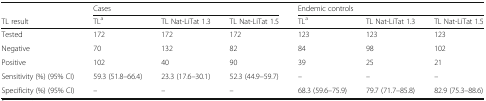
|  | <COLSPAN=3> Cases | <COLSPAN=3> Endemic controls |
 | TL result | TLa | TL Nat-LiTat 1.3 | TL Nat-LiTat 1.5 | TLa | TL Nat-LiTat 1.3 | TL Nat-LiTat 1.5 |
 | --- | --- | --- | --- | --- | --- | --- |
 | Tested | 172 | 172 | 172 | 123 | 123 | 123 |
 | Negative | 70 | 132 | 82 | 84 | 98 | 102 |
 | Positive | 102 | 40 | 90 | 39 | 25 | 21 |
 | Sensitivity (%) (95% CI) | 59.3 (51.8–66.4) | 23.3 (17.6–30.1) | 52.3 (44.9–59.7) | – | – | – |
 | Specificity (%) (95% CI) | – | – | – | 68.3 (59.6–75.9) | 79.7 (71.7–85.8) | 82.9 (75.3–88.6) |